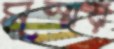
সুস্ময়